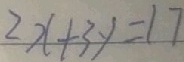
2 x + 3 y = 1 7